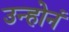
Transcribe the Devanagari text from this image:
उन्होनं